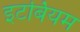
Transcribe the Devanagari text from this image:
इटर्बियम